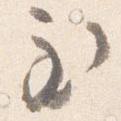
至